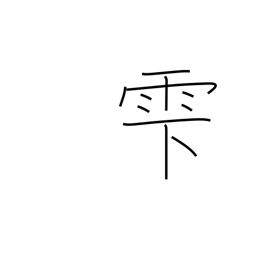
Meaning: dripping